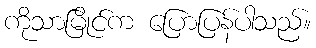
ကိုသာမြိုင်က ပြောပြန်ပါသည်။